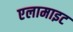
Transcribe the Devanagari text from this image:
एलामाइट